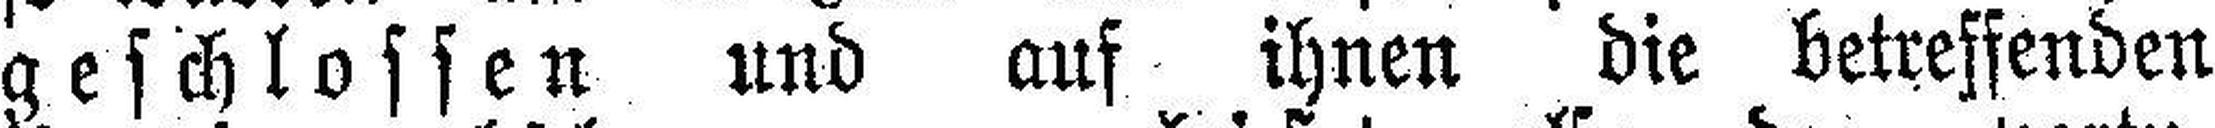
geschlossen und auf ihnen die betreffenden